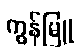
ကွန်မြူ